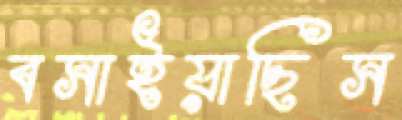
বসাইয়াছিস